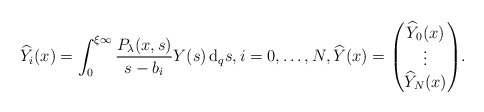
\begin{align*}& \widehat{Y}_{i}(x) = \int^{\xi \infty}_{0}\frac{P_{\lambda}(x, s)}{s-b_{i}}Y(s) \, {\rm d}_{q}s, i=0,\dots,N, \widehat{Y}(x) = \begin{pmatrix} \widehat{Y}_{0}(x) \\ \vdots \\ \widehat{Y}_{N}(x) \end{pmatrix}\! . \end{align*}